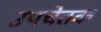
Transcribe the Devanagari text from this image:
उपचेतक